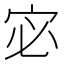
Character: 宓